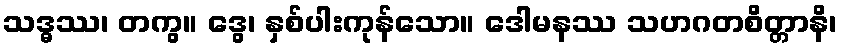
သဒ္ဓဿ၊ တကွ။ ဒွေ၊ နှစ်ပါးကုန်သော။ ဒေါမနဿ သဟဂတစိတ္တာနိ၊